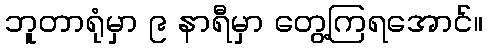
ဘူတာရုံမှာ ၉ နာရီမှာ တွေ့ကြရအောင်။